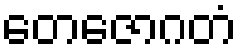
တေဇောဂတံ